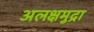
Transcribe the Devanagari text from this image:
अलक्षमुद्रा